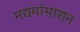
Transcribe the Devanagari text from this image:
मद्यमांसाशन